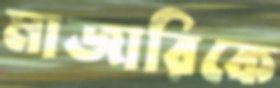
মাজারিকে